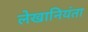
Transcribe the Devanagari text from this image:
लेखानियंता